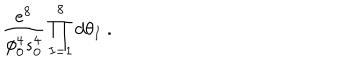
\frac { e ^ { 8 } } { \phi _ { 0 } ^ { 4 } s _ { 0 } ^ { 4 } } \prod _ { I = 1 } ^ { 8 } d \theta _ { I } \ .